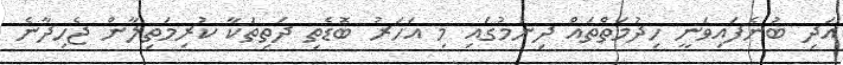
އަދި ބުނެފައިވަނީ ހިދުމަތްތައް ދިނުމުގައި މި އަހަރު ބޮޑެތި ދަތިތަކާ ކުރިމަތިލާން ޖެހިދާނެ